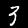
Digit: 3